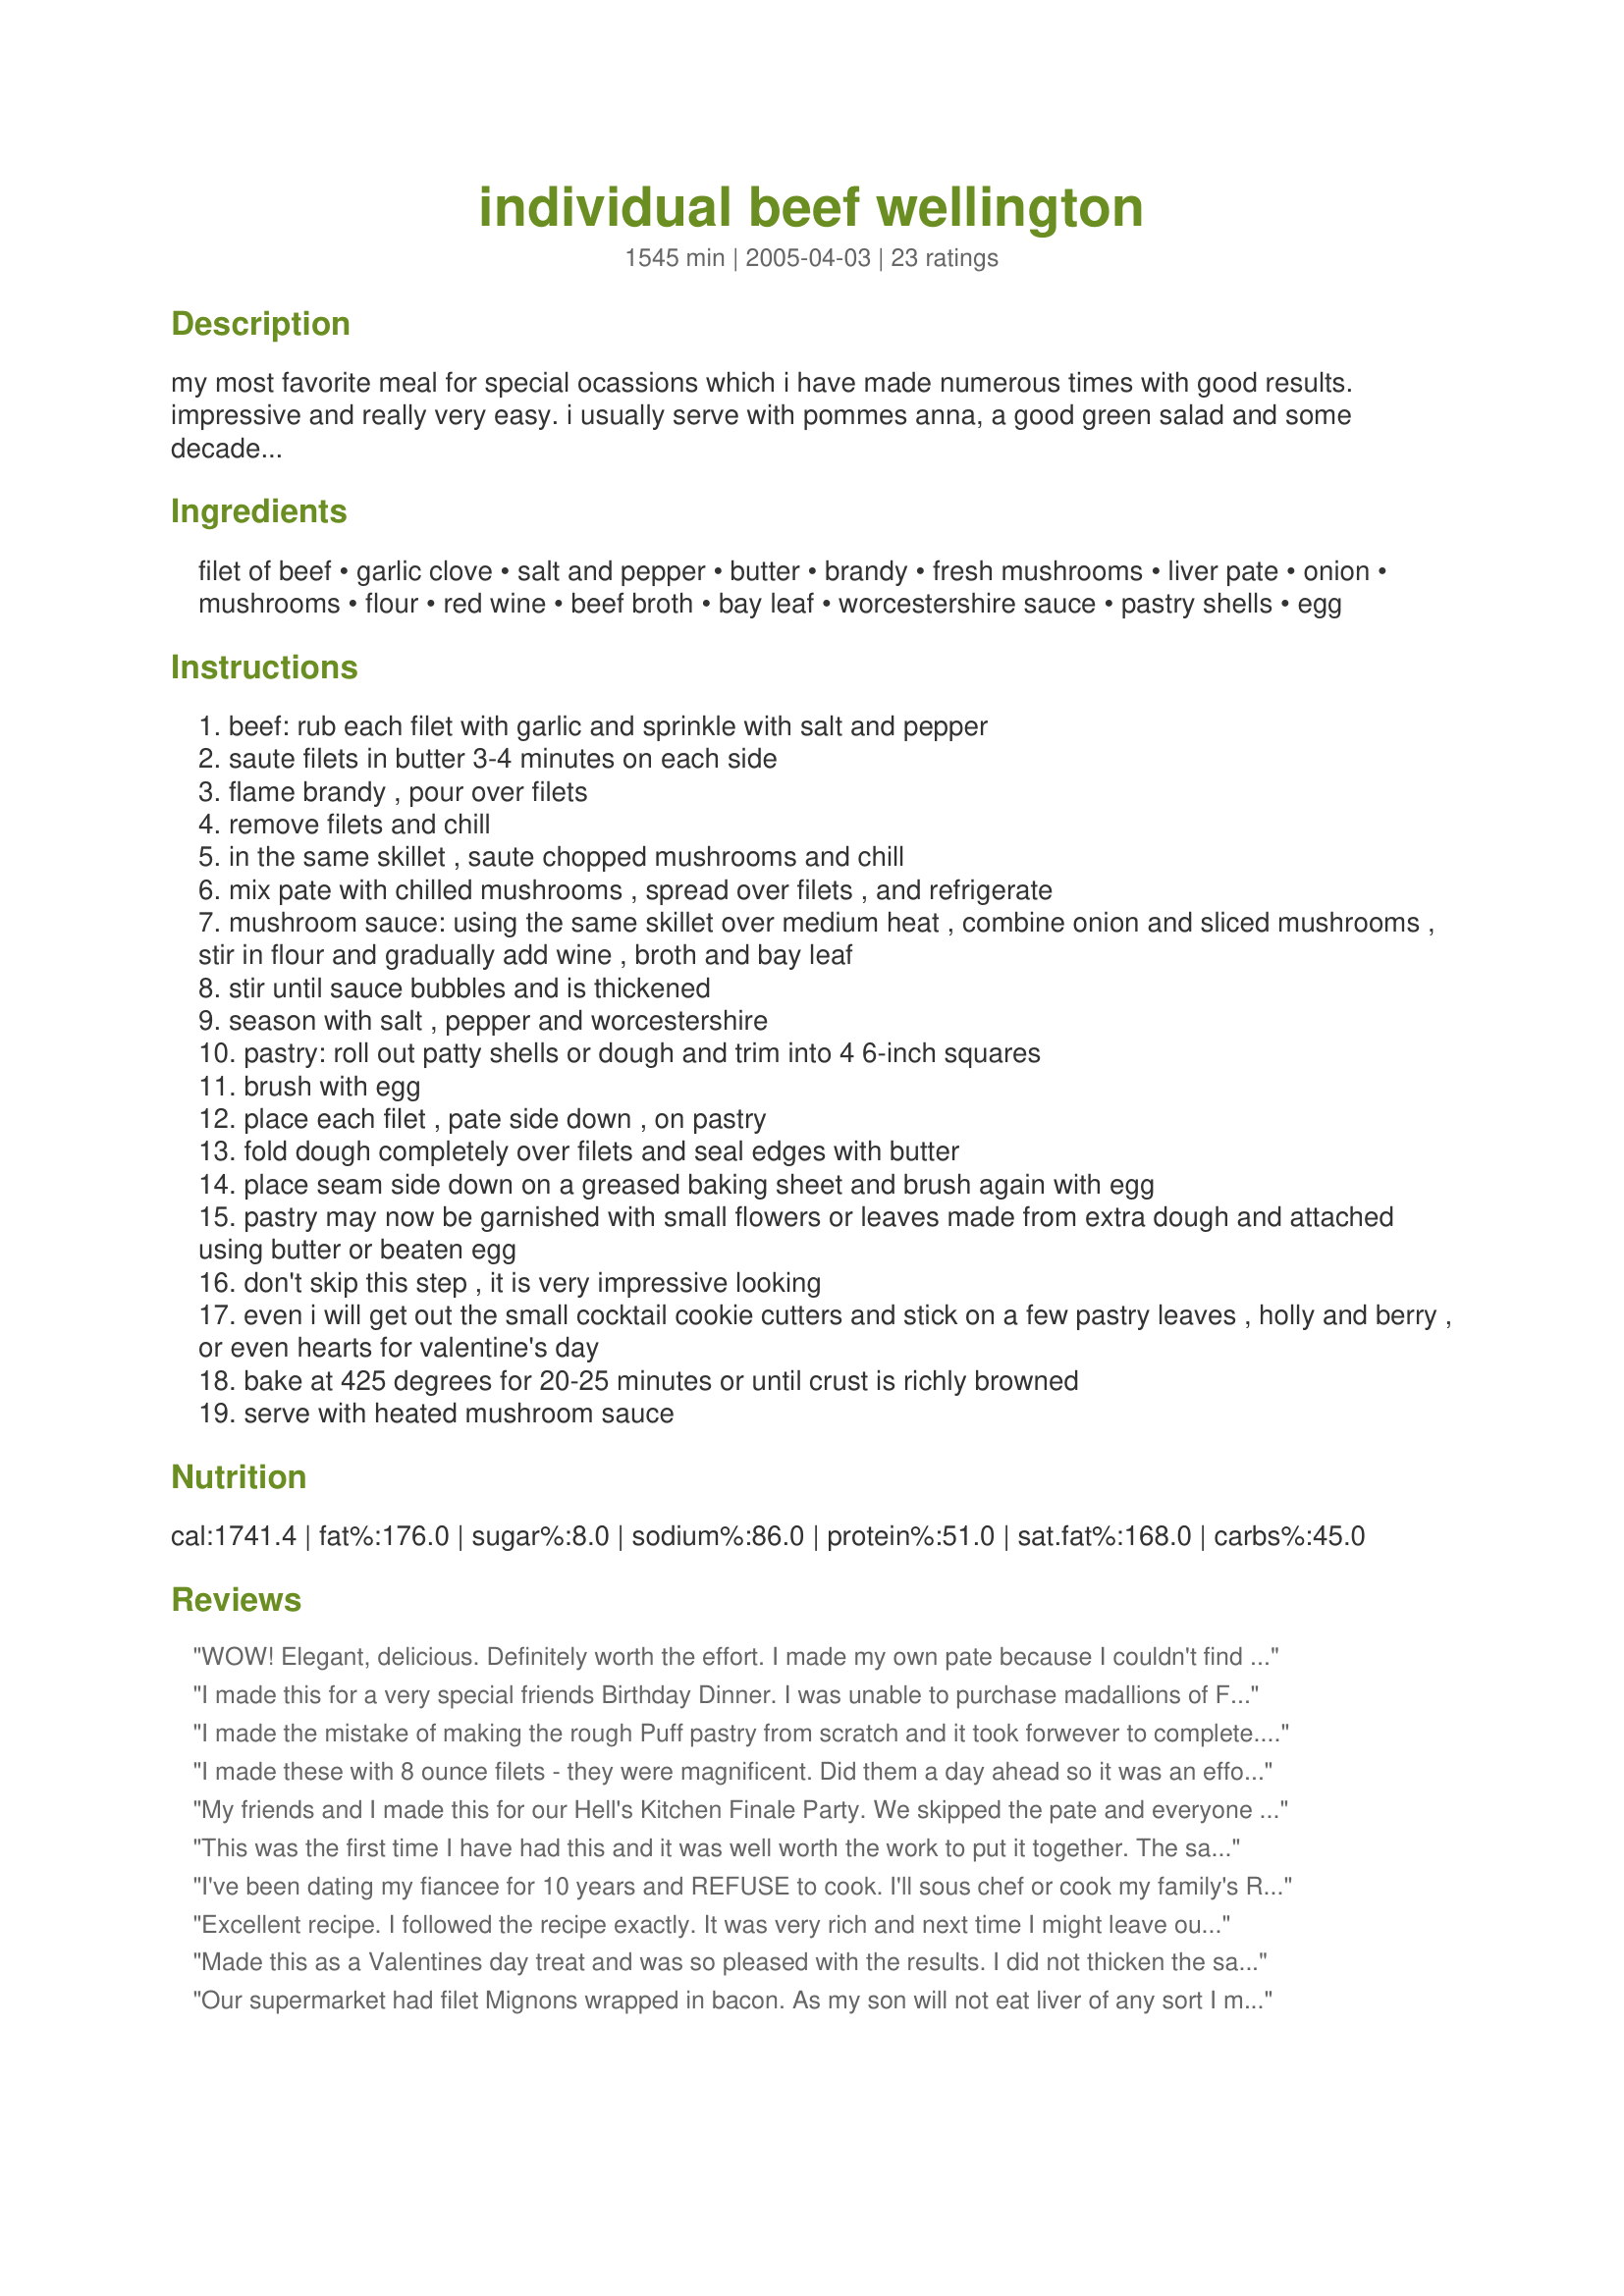
individual beef wellington
Preparation time: 1545 minutes

my most favorite meal for special ocassions which i have made numerous times with good results. impressive and really very easy. i usually serve with pommes anna, a good green salad and some decadent chocolate dessert. pastry covered filets may be prepared up to two days in advance and stored covered in the refrigerator, or frozen before baking for up to one month. i have also made and subbed mushroom pate for the liver pate with good results. from flavors, the san antonio junior league cookbook, credited to mrs. earl hobbs chumney, jr. (barbara sue christian). time to make does not include chill time.

Ingredients:
filet of beef, garlic clove, salt and pepper, butter, brandy, fresh mushrooms, liver pate, onion, mushrooms, flour, red wine, beef broth, bay leaf, worcestershire sauce, pastry shells, egg

Steps:
beef: rub each filet with garlic and sprinkle with salt and pepper
saute filets in butter 3-4 minutes on each side
flame brandy , pour over filets
remove filets and chill
in the same skillet , saute chopped mushrooms and chill
mix pate with chilled mushrooms , spread over filets , and refrigerate
mushroom sauce: using the same skillet over medium heat , combine onion and sliced mushrooms , stir in flour and gradually add wine , broth and bay leaf
stir until sauce bubbles and is thickened
season with salt , pepper and worcestershire
pastry: roll out patty shells or dough and trim into 4 6-inch squares
brush with egg
place each filet , pate side down , on pastry
fold dough completely over filets and seal edges with butter
place seam side down on a greased baking sheet and brush again with egg
pastry may now be garnished with small flowers or leaves made from extra dough and attached using butter or beaten egg
don't skip this step , it is very impressive looking
even i will get out the small cocktail cookie cutters and stick on a few pastry leaves , holly and berry , or even hearts for valentine's day
bake at 425 degrees for 20-25 minutes or until crust is richly browned
serve with heated mushroom sauce

Reviews:
WOW! Elegant, delicious. Definitely worth the effort. I made my own pate because I couldn't find the canned variety in our small town, but it was all worth it. In fact we froze the extra to make this again!Served with twice baked potatoes and a salad.
I made this for a very special friends Birthday Dinner. I was unable to purchase madallions of Filet Mignon, but trimmed down the fillets as much as possible, used Pate de Foie de Canard Au Porto, and made the remainder as given. These baked up perfectly, the crust done to a beautiful golden brown, while the steaks inside were nice and rare. I received raves from the Birthday Boy who now thinks I am a gourmet cook, many thanks to you and your super recipe. Hugz (have pic on my cell phone and just as soon as I can figure out how to do it will post the pic)
I made the mistake of making the rough Puff pastry from scratch and it took forwever to complete. I also used the Quick and Easy Chicken Liver Pate recipe located elseware on this site with excellent results, I made it with the Hard Boiled Egg. I used Beef Tenderloin without the bacon.
The only thing that I would change would be reduce the time that I sauted the filets to about 2 minutes per side so that they were not as well done after baking. Thanks for a great recipe Moontan Master!
I made these with 8 ounce filets - they were magnificent. Did them a day ahead so it was an effortless meal to prepare. I also brushed them with an egg wash before baking for an even more impressive presentation - will definitely make them again.
My friends and I made this for our Hell's Kitchen Finale Party. We skipped the pate and everyone gave very high marks to this recipe especially the mushroom sauce - very tasty!!! We will make it again for sure!
This was the first time I have had this and it was well worth the work to put it together. The sauce is very good along with the pastry being baked at the same time. The only thing that did not work for me was the bacon.It was not cooked all the way thru.My suggestion is to fry the bacon a little until it is not limp any more and then put it around the meat.It will get rid of some of the fat in the bacon therefore not making the pastry wrap soggy from the fat in the bacon. Thank You for the post. MoonTan Master!
I've been dating my fiancee for 10 years and REFUSE to cook. I'll sous chef or cook my family's Romanian dishes, but that's it. Thanks to this recipe, she now knows that I actually can cook and welp so much for that. The secret's out. The one thing I would change is the sear time on the meat: I did it for 2 minutes on one side and 1 minute on the other, and it came out medium rare after being put in the oven. If you did it for 4 minutes on both sides, I'm sure it would be well done.
Excellent recipe. I followed the recipe exactly. It was very rich and next time I might leave out the pate. We enjoyed it a lot. Thanks for sharing!
Made this as a Valentines day treat and was so pleased with the results. I did not thicken the sauce, I just let it reduce, so no flour was needed. This was such a hit, my partner has requested this for Christmas dinner this year and I am looking forward to it already. Thank-you so much for sharing this recipe with us.
Our supermarket had filet Mignons wrapped in bacon. As my son will not eat liver of any sort I made half of the Mushroom Pate, by homebody. I used a small star cheese cutter to top the Wellington's and you were right, That little added touch just set the mood for one of the most delicious entrees we've had. I had run out of brandy but sub'ed Cabernet Sauvignon. Served with onion rings and an endive & tomato salad.
Longhorn Mama, I give you 5, Hip-Hip Hurray's
Great recipe, but where the hell are you getting 25 HOURS cooking time?
First time making beef wellington and it was a success. All thanks to this recipe! It was a big hit when I served the dish. Great for special occasions at home! Thank you for this fantastic recipe!
Ok, I made it :). It was very, very delicious. Grocery store didn&#039;t have pate so I made it, not difficult, but I&#039;d never handled chicken livers and it was kind of gross lol. I was freaked out to flame the brandy haha, but did it anyway with the fire extinguisher next to me. Just put a lid over to put flames out. Hubby loved it, I loved it. So yummy and impressive-looking. Thank you
Such an impressive looking dish when it was all done! We enjoyed this recipe. The pastry dough worked perfectly and was nice and flaky. I made a quick chicken liver pate, using http://www.food.com/recipe/quick-and-easy-chicken-liver-pate-351659 Recipe #351659. I did find the pate to be a little overwhelming, seemed to take away from the flavor of the beef. Also, I wasn&#039;t a huge fan of the mushroom/wine sauce. So I will probably tweak those two things next time. Thanks so much for the recipe!
This was amazing! Used my own pastry crust and some really high quality filets from the local butcher. For the pate I used a mushroom pate recipe off this site and it was wonderful with the meat. This is very rich, but made a great 5th anniversary surprise for my husband to come home to... He's jokingly asked for beef wellington for years without knowing what it actually is. The sauce perfectly compliments this and I'm glad I made it. Thank you for the great recipe!
This was an excellent recipe. The mushroom sauce was to die for! The only change I made was to make a mushroom nut pate (recipe #50018) instead of liver pate as we don't eat liver. Thank you so much for an easy, elegant recipe!
This turned out well, but my family just didn't like the taste. We've never had Beef Wellington before, so it's quite possible that we don't like Wellingtons. The live pate in this recipe gave the entire dish a bit of a cat food taste. Indeed, our cats lapped up the leftovers.
I think I'll try this again, but without the liver.
Beef Wellington came as a request from my boyfriend who recently went to London and didn't get a chance to order this. I made a mushroom pate because I couldn't find pate in the local grocery and it was quite lovely. This meal is worth the prep time even if just for special occasions.
Of all the recipes in all of Zaar that I've tried over the years, this is by FAR the BEST! If I could give it 10 stars, I would. I was truly skeptical at first because I thought the meat would dry out by cooling it in the fridge. It was a last day, marked down, horrible hunk of meat from the grocery store and I left it in the fridge overnight after step 2. The entire recipe came out SPECTACULAR and the mushroom sauce was the BEST I've ever tasted ANYWHERE! I also used Recipe #351659. I can't say enough how we loved this recipe. Follow it to the letter and you can't go wrong!
This was positively scruptious! My guests devoured it. I did pasatry leaves for the fall season and they came out great. 

The only thing is that I didn't like the way my gravy came out so, I removed the bay leaves and processed the whole thing in the blender so it would be nice and smooth and then reheated for serving.

Will use again!
I made this without the pate and I used Pepperidge Farms puff pastry. This was marvelous!
I had to make this twice because I had the steak wrapped up and with nice leaves on it and realized, oh you dummy, you forgot to brown it first with the brandy! Undo all, make more pastry, brown as instructed, and re wrap. Super recipe I am making this again for company next time. Hubby RAVED about it. Thank you! Hubby hates mushrooms so I simply cut those out. I used more wine in the sauce too, came out great :-)
Hands down one of the best meat dishes I've made. Made this for my Boyfriends Birthday Dinner and his reviews to me were " Heathenistic" and better than his Moms, (to be fair she never made him wellington, but I still shone with that review) I followed Daves advice of 2 minutes per side and It came out nice and light red (yum). I got a liver/truffle mushroom pate and used truffle salt. He and I voted this in as a have to make once a year family tradition, Christmas or new year meal. I can't thank you enough for such an amazing recipe.
